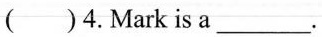
()4.Mark is a ___.